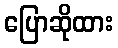
ပြောဆိုထား